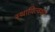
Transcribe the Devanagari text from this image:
स्थायित्ववाद